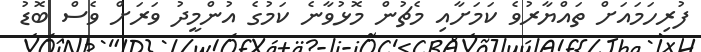
ފުރިހަމައަށް ތައްޔާރުވެ ކަމަށާއި މެޗުން މޮޅުވާނެ ކަމުގެ އުންމީދު ވަރަށް ވެސް ބޮޑު